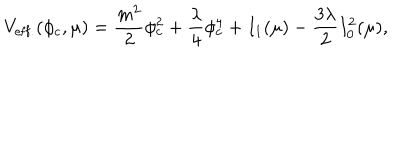
V _ { \mathrm { e f f . } } ( \phi _ { c } , \mu ) = \frac { m ^ { 2 } } { 2 } \phi _ { c } ^ { 2 } + \frac { \lambda } { 4 } \phi _ { c } ^ { 4 } + I _ { 1 } ( \mu ) - \frac { 3 \lambda } { 2 } I _ { 0 } ^ { 2 } ( \mu ) ,